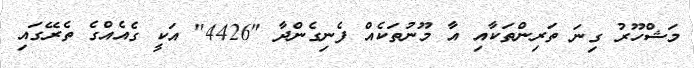
މަޝްހޫރު ގިނަ ތަރިންތަކާއި އާ މޫނުތަކެއް ފެނިގެންދާ "4426" އަކީ ގެއެއްގެ ތެރޭގައި